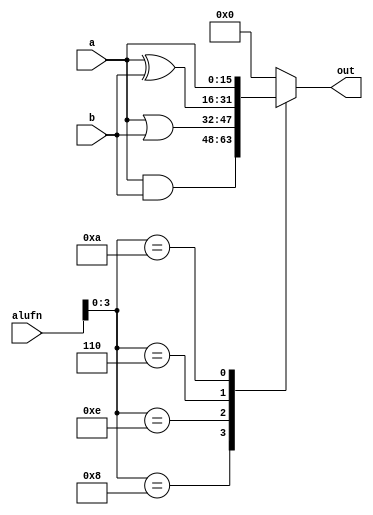
/*
   This file was generated automatically by the Mojo IDE version B1.3.6.
   Do not edit this file directly. Instead edit the original Lucid source.
   This is a temporary file and any changes made to it will be destroyed.
*/

module boolean16_32 (
    input [5:0] alufn,
    input [15:0] a,
    input [15:0] b,
    output reg [15:0] out
  );
  
  
  
  always @* begin
    
    case (alufn[0+3-:4])
      4'h8: begin
        out = a & b;
      end
      4'he: begin
        out = a | b;
      end
      4'h6: begin
        out = a ^ b;
      end
      4'ha: begin
        out = a;
      end
      default: begin
        out = 16'h0000;
      end
    endcase
  end
endmodule